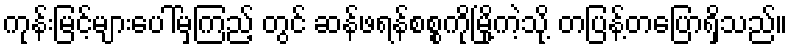
ကုန်းမြင့်များပေါ်မှကြည့် တွင် ဆန်ဖရန်စစ္စကိုမြို့ကဲ့သို့ တပြန့်တပြောရှိသည်။